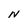
Character: N